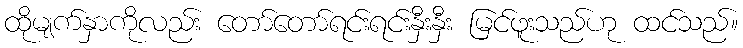
ထိုမျက်နှာကိုလည်း တော်တော်ရင်းရင်းနှီးနှီး မြင်ဖူးသည်ဟု ထင်သည်။